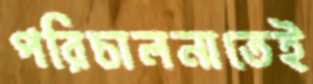
পরিচালনাতেই